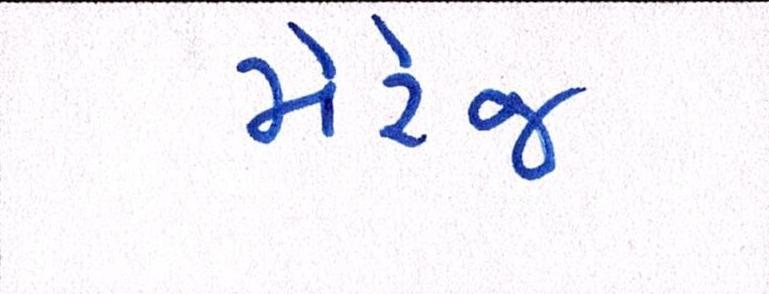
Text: મેરેજ